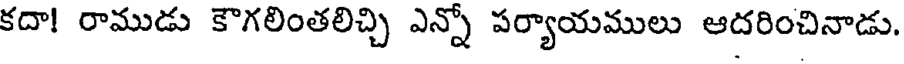
కదా! రాముడు కౌగలింతలిచ్చి ఎన్నో పర్యాయములు ఆదరించినాడు.